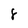
Character: 8